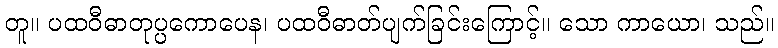
တူ။ ပထဝီဓာတုပ္ပကောပေန၊ ပထဝီဓာတ်ပျက်ခြင်းကြောင့်။ သော ကာယော၊ သည်။